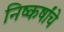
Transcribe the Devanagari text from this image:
निष्कर्षांचे